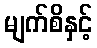
မျက်စိနှင့်